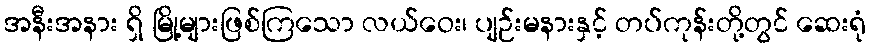
အနီးအနား ရှိ မြို့များဖြစ်ကြသော လယ်ဝေး၊ ပျဉ်းမနားနှင့် တပ်ကုန်းတို့တွင် ဆေးရုံ